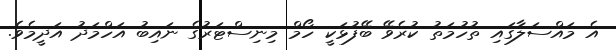
އެ މައްސަލާގައި ތުހުމަތު ކުރެވޭ ބޭފުޅަކީ ހޯމް މިނިސްޓަރުގެ ނައިބު އަހްމަދު އަދީމެވެ.